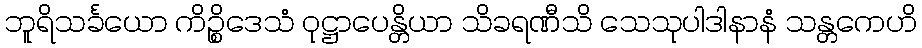
ဘူရိသင်္ခယော ကိဉ္စိဒေသံ ဝုဋ္ဌာပေန္တိယာ သိခရဏီသိ သေသုပါဒါနာနံ သန္တကေဟိ